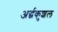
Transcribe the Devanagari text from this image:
अर्द्धकुशल